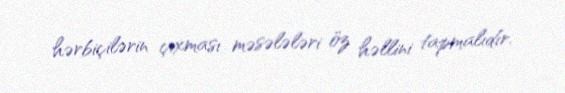
hərbiçilərin çıxması məsələləri öz həllini tapmalıdır.